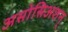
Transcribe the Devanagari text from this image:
असोसिअशन्